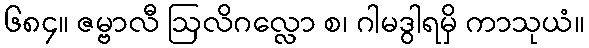
၆၈၄။ ဇမ္ဗာလီ ဩလိဂလ္လော စ၊ ဂါမဒွါရမှိ ကာသုယံ။